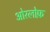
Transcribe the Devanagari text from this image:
ओरलोफ़